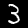
Label: 3